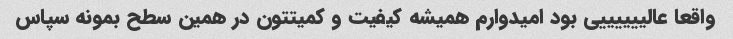
واقعا عالییییییی بود امیدوارم همیشه کیفیت و کمیتتون در همین سطح بمونه سپاس